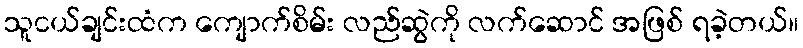
သူငယ်ချင်းထံက ကျောက်စိမ်း လည်ဆွဲကို လက်ဆောင် အဖြစ် ရခဲ့တယ်။